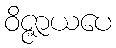
ဝိဇ္ဇာယပေ